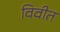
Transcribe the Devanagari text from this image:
विवीत